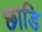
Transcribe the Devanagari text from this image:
छाडि